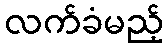
လက်ခံမည့်